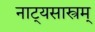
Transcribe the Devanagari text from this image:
नाट्यसास्त्रम्